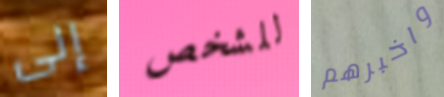
إلى للشخص واخبرهم